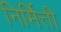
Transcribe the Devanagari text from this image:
निर्मित्ती